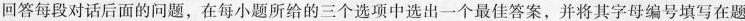
回答每段对话后面的问题,在每小题所给的三个选项中选出一个最佳答案,并将其字母编号填写在题